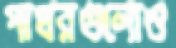
পাথরগুলোও